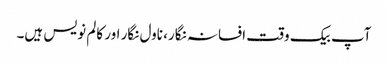
آپ بیک وقت افسانہ نگار، ناول نگار اور کالم نویس ہیں۔